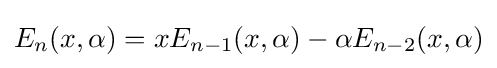
E_{n}(x,\alpha )=xE_{n-1}(x,\alpha )-\alpha E_{n-2}(x,\alpha )